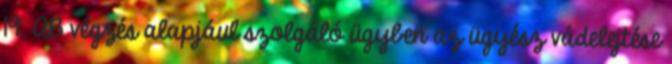
19. AB végzés alapjául szolgáló ügyben az ügyész vádelejtése